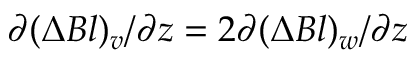
\partial ( \Delta B l ) _ { v } / \partial z = 2 \partial ( \Delta B l ) _ { w } / \partial z